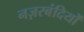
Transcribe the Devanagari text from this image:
नज़रबंदियों